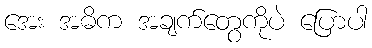
အေး အဓိက အချက်တွေကိုပဲ ပြောပါ